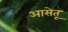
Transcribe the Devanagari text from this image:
आसेतू